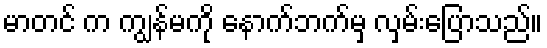
မာတင် က ကျွန်မကို နောက်ဘက်မှ လှမ်းပြောသည်။